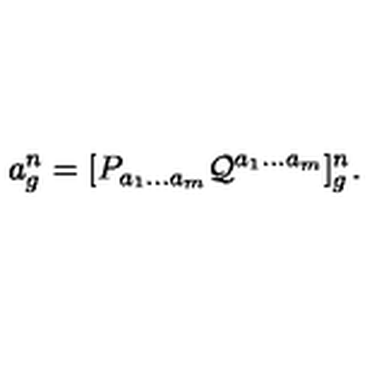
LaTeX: a _ { g } ^ { n } = [ P _ { a _ { 1 } \ldots a _ { m } } { \cal Q } ^ { a _ { 1 } \ldots a _ { m } } ] _ { g } ^ { n } .